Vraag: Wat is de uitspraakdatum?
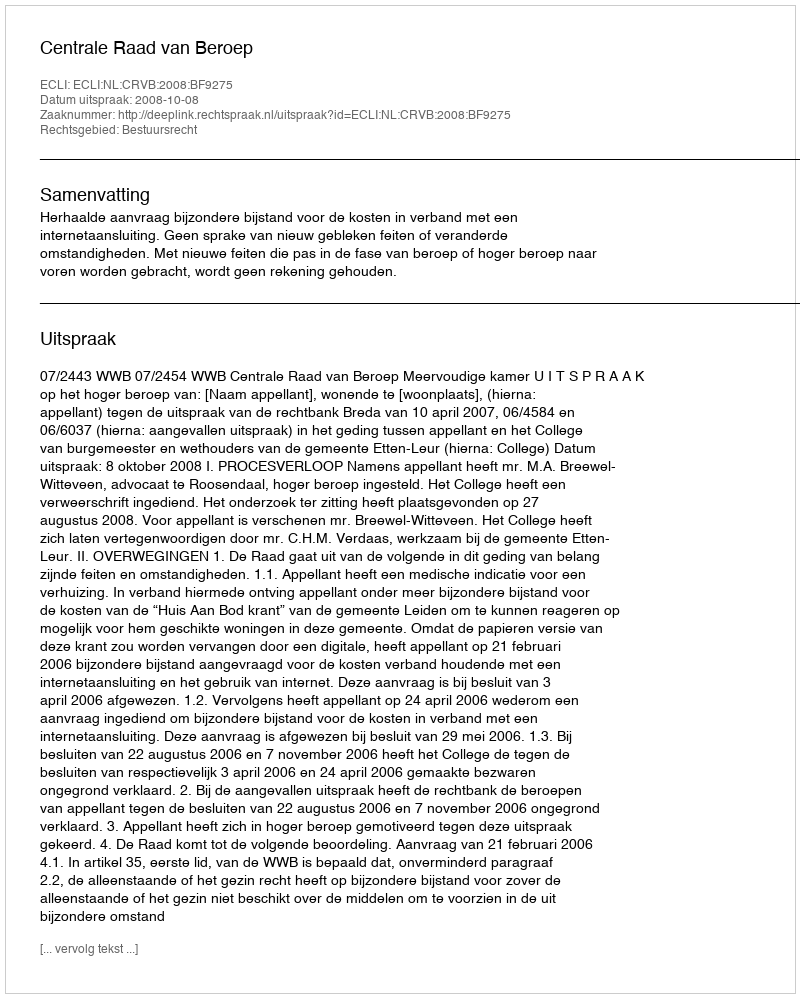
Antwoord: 2008-10-08